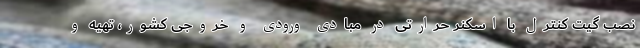
نصب گیت کنترل با اسکنر حرارتی در مبادی ورودی و خروجی کشور، تهیه و